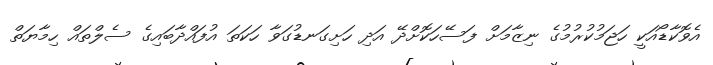
އެވޮކާޑޯއަކީ ހަޖަމުކުރުމުގެ ނިޒާމަށް ފަސޭހަކޮށްދޭ އަދި ހަށިގަނޑުގަވާ ހަކަތަ އުފައްދާބައިގެ ސެލްތައް ހިމާޔަތް